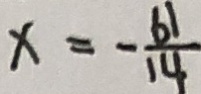
x = - \frac { 6 1 } { 1 4 }